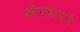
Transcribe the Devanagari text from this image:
कोमसापने